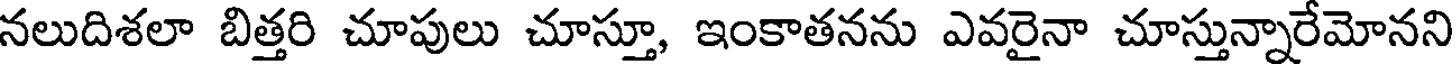
నలుదిశలా బిత్తరి చూపులు చూస్తూ, ఇంకాతనను ఎవరైనా చూస్తున్నారేమోనని